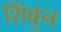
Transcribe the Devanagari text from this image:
शिंबुन